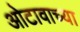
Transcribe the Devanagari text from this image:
ओटावाच्या